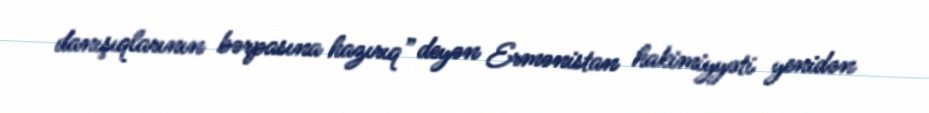
danışıqlarının bərpasına hazırıq” deyən Ermənistan hakimiyyəti yenidən